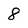
Character: 8